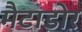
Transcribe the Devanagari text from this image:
मैटाडोर